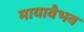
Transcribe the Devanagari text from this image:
मायावैभव